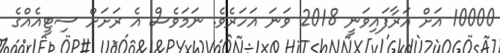
10000 އަށް އަރާފައިވަނީ 2018 ވަނަ އަހަރެވެ. ނަމަވެސް އެ ރަށަށް ސިޓީއެއްގެ